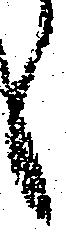
く